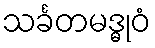
သင်္ခတမဒ္ဓုဝံ